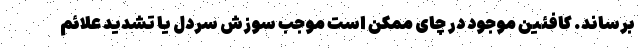
برساند. کافئین موجود در چای ممکن است موجب سوزش سردل یا تشدید علائم